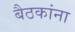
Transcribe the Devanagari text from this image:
बैठकांना